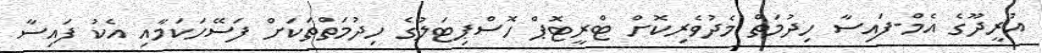
އުރީދޫގެ އެމް-ފައިސާ ހިިދުމަތް މެދުވެރިކޮށް ޓްރީޓޮޕް ހޮސްޕިޓަލުގެ ހިދުމަތްތަކަށް ފަސޭހަކަމާއި އެކު ފައިސާ